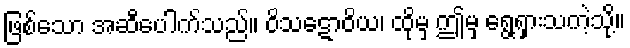
ဖြစ်သော အဆီပေါက်သည်။ ဝိသဋောဝိယ၊ ထိုမှ ဤမှ ရွေ့ရှားသကဲ့သို့။